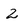
Character: 2